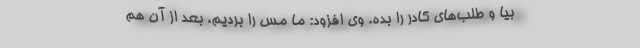
بیا و طلب‌های کادر را بده. وی افزود: ما مس را بردیم، بعد از آن هم